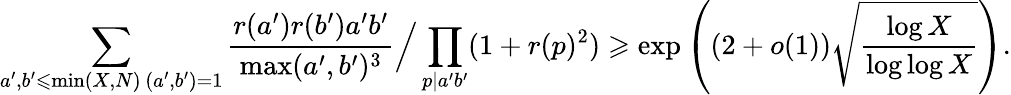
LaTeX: \sum_{\substack{a^{\prime},b^{\prime}\leqslant\operatorname*{min}(X,N)\, (a^{\prime},b^{\prime})=1}}\frac{r(a^{\prime})r(b^{\prime})a^{\prime}b^{\prime}}{\operatorname*{max}(a^{\prime},b^{\prime})^{3}}\Big/\prod_{p|a^{\prime}b^{\prime}}(1+r(p)^{2})\geqslant\exp\left((2+o(1))\sqrt{\frac{\log X}{\log\log X}}\right).